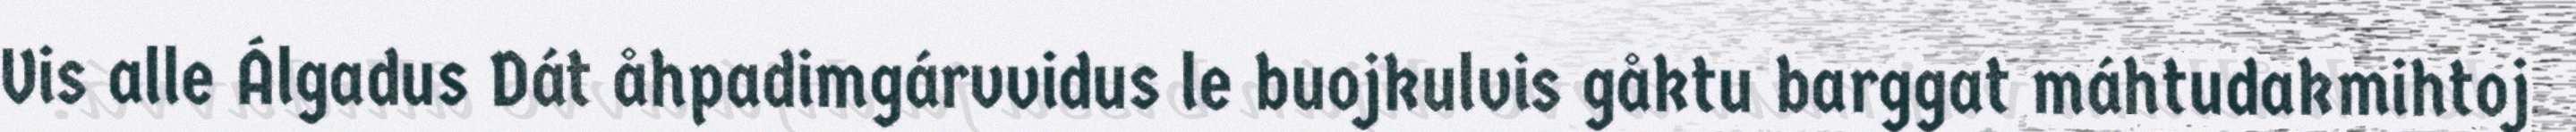
Vis alle Álgadus Dát åhpadimgárvvidus le buojkulvis gåktu barggat máhtudakmihtoj